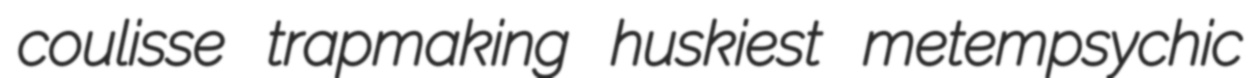
coulisse trapmaking huskiest metempsychic